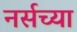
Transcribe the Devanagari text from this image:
नर्सच्या